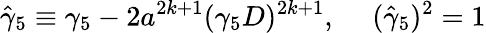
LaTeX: \hat{\gamma}_{5}\equiv\gamma_{5}-2a^{2k+1}(\gamma_{5}D)^{2k+1},\ \ \ \ \ (\hat{\gamma}_{5})^{2}=1